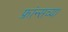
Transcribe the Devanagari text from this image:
फ्रांन्सच्या